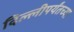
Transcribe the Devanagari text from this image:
दिल्लीपर्यंतच्या